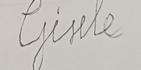
Signature authenticity: forged